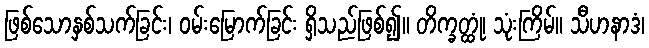
ဖြစ်သောနှစ်သက်ခြင်း၊ ဝမ်းမြောက်ခြင်း ရှိသည်ဖြစ်၍။ တိက္ခတ္ထုံ၊ သုံးကြိမ်။ သီဟနာဒံ၊